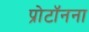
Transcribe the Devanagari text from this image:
प्रोटॉनना